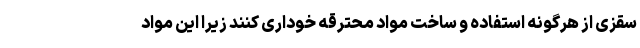
سقزی از هرگونه استفاده و ساخت مواد محترقه خوداری کنند زیرا این مواد